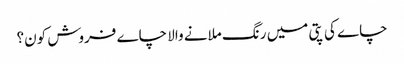
چاے کی پتی میں رنگ ملانے والا چاے فروش کون؟